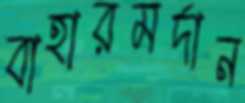
বাহারমর্দান